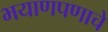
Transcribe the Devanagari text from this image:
भयाणपणाचे